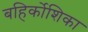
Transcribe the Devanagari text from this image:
बहिर्कोशिका